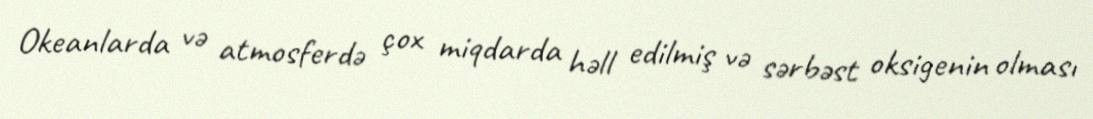
Okeanlarda və atmosferdə çox miqdarda həll edilmiş və sərbəst oksigenin olması